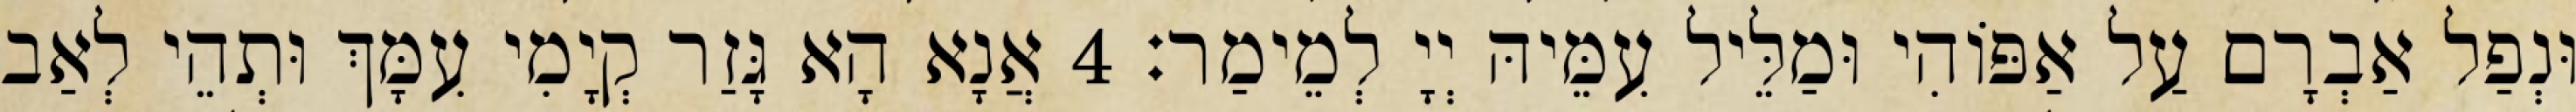
וּנְפַל אַבְרָם עַל אַפּוֹהִי וּמַלֵּיל עִמֵּיהּ יְיָ לְמֵימַר׃ 4 אֲנָא הָא גָּזַר קְיָמִי עִמָּךְ וּתְהֵי לְאַב